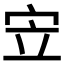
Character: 𫲿